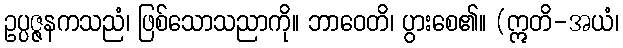
ဥပ္ပဇ္ဇနကသညံ၊ ဖြစ်သောသညာကို။ ဘာဝေတိ၊ ပွားစေ၏။ (ဣတိ-အယံ၊